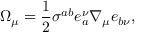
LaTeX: \Omega _ { \mu } = \frac { 1 } { 2 } \sigma ^ { a b } e _ { a } ^ { \nu } \nabla _ { \mu } e _ { b \nu } ,